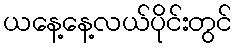
ယနေ့နေ့လယ်ပိုင်းတွင်